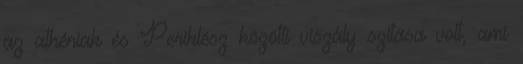
az athéniak és Periklész közötti viszály szítása volt, ami